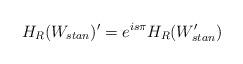
LaTeX: \begin{align*}H_{R}(W_{stan})^{\prime }=e^{is\pi }H_{R}(W_{stan}^{\prime })\end{align*}